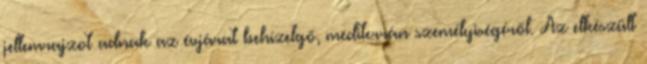
jellemrajzot adnak az évjárat behízelgő, mediterrán személyiségéről. Az elkészült